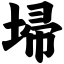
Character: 埽